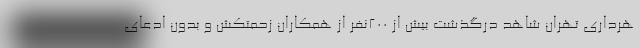
هرداری تهران شاهد درگذشت بیش از 200نفر از همکاران زحمتکش و بدون ادعای